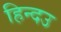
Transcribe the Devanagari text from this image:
हिन्दउ